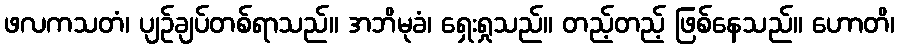
ဖလကသတံ၊ ပျဉ်ချပ်တစ်ရာသည်။ အဘိမုခံ၊ ရှေးရှုသည်။ တည့်တည့် ဖြစ်နေသည်။ ဟောတိ၊